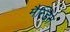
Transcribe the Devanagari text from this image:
मैन्डिन